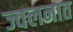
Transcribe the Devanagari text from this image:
ज्वलनात